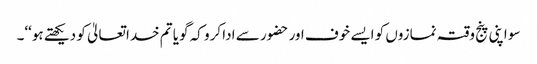
سو اپنی پنج وقتہ نمازوں کو ایسے خوف اور حضور سے ادا کرو کہ گویا تم خدا تعالیٰ کو دیکھتے ہو‘‘۔